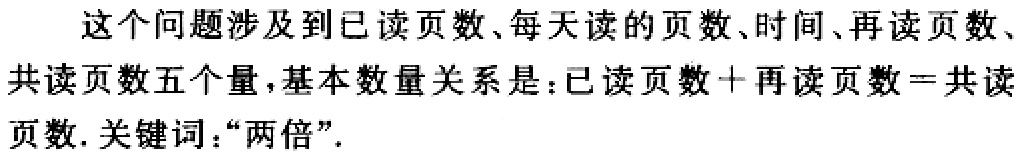
这个问题涉及到已读页数、每天读的页数、时间、再读页数、共读页数五个量，基本数量关系是：已读页数＋再读页数＝共读页数. 关键词：“两倍”.